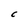
Character: C